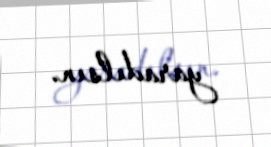
yaradılsın.